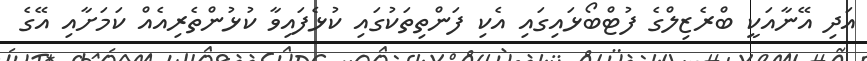
އަދި އޭނާއަކީ ބްރެޒިލްގެ ފުޓްބޯޅައިގައި އެކި ފަންތިތަކުގައި ކުޅެފައިވާ ކުޅުންތެރިއެއް ކަމަށާއި އޭގެ